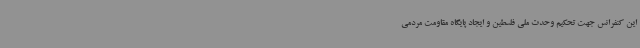
این کنفرانس جهت تحکیم وحدت ملی فلسطین و ایجاد پایگاه مقاومت مردمی